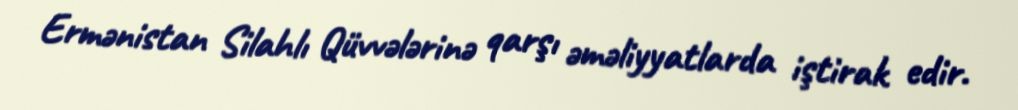
Ermənistan Silahlı Qüvvələrinə qarşı əməliyyatlarda iştirak edir.